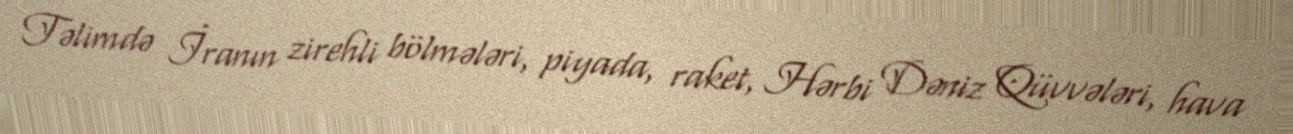
Təlimdə İranın zirehli bölmələri, piyada, raket, Hərbi Dəniz Qüvvələri, hava